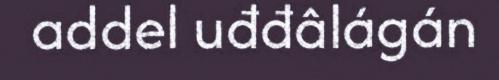
addel uđđâlágán